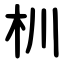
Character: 杊